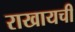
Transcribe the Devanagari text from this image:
राखायची